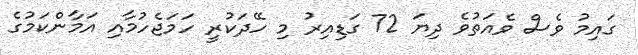
ގައިމު ވެސް ވެއަތުވެ ދިޔަ 72 ގަޑިއިރު މި ހޭދަކުރީ ހަމަޖެހުމާއި އަމާންކަމުގެ